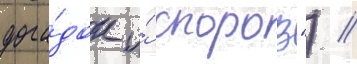
дога́док и́ споров") //